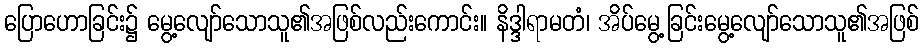
ပြောဟောခြင်း၌ မွေ့လျော်သောသူ၏အဖြစ်လည်းကောင်း။ နိဒ္ဒါရာမတံ၊ အိပ်မွေ့ခြင်းမွေ့လျော်သောသူ၏အဖြစ်